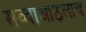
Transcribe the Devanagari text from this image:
सव्वाआठलाच